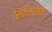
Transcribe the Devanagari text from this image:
सिलियाक